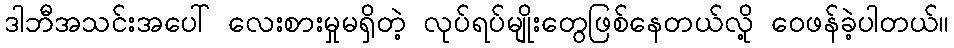
ဒါဘီအသင်းအပေါ် လေးစားမှုမရှိတဲ့ လုပ်ရပ်မျိုးတွေဖြစ်နေတယ်လို့ ဝေဖန်ခဲ့ပါတယ်။